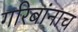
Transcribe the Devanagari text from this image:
गरिबांनाच